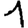
Digit: 1